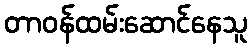
တာဝန်ထမ်းဆောင်နေသူ